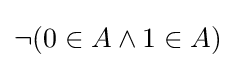
\neg (0\in A\land 1\in A)